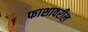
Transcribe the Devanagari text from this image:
फाशावरील